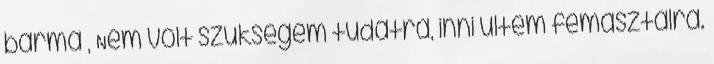
barma , Nem volt szükségem tudatra, inni ültem fémasztalra.